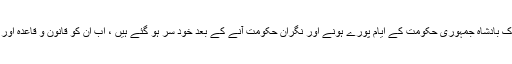
یہ افسر شاہی اور کلرک بادشاہ جمہوری حکومت کے ایام پورے ہونے اور نگران حکومت آنے کے بعد خود سر ہو گئے ہیں ، اب ان کو قانون و قاعدہ اور بجٹ یاد آنے لگا ہے۔